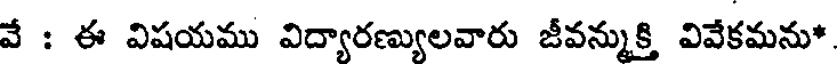
వే : ఈ విషయము విద్యారణ్యులవారు జీవన్ముక్తి వివేకమను*.